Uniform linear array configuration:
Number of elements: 16
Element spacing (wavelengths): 0.75
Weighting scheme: kaiser
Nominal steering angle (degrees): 45
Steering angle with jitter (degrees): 45.105
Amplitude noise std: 0.05
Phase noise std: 0.05

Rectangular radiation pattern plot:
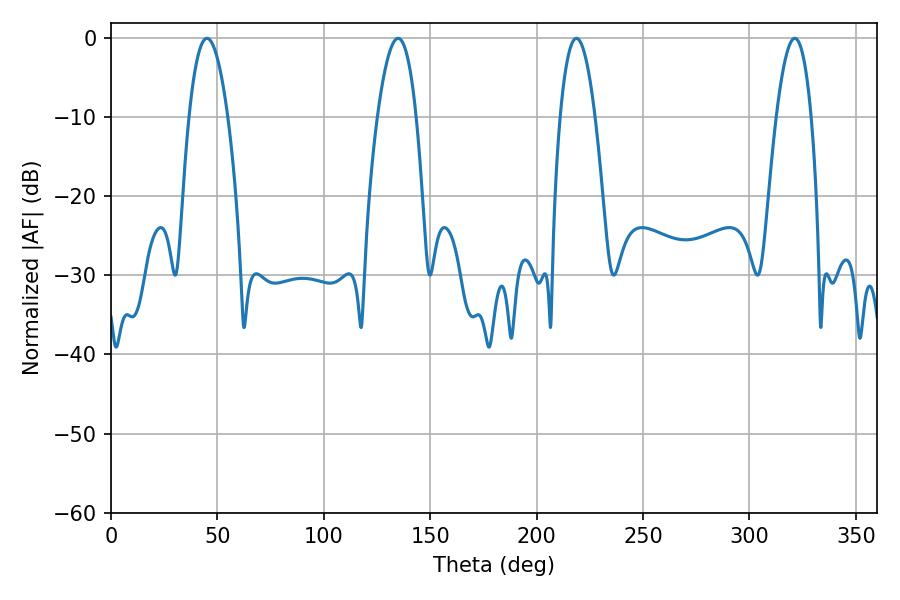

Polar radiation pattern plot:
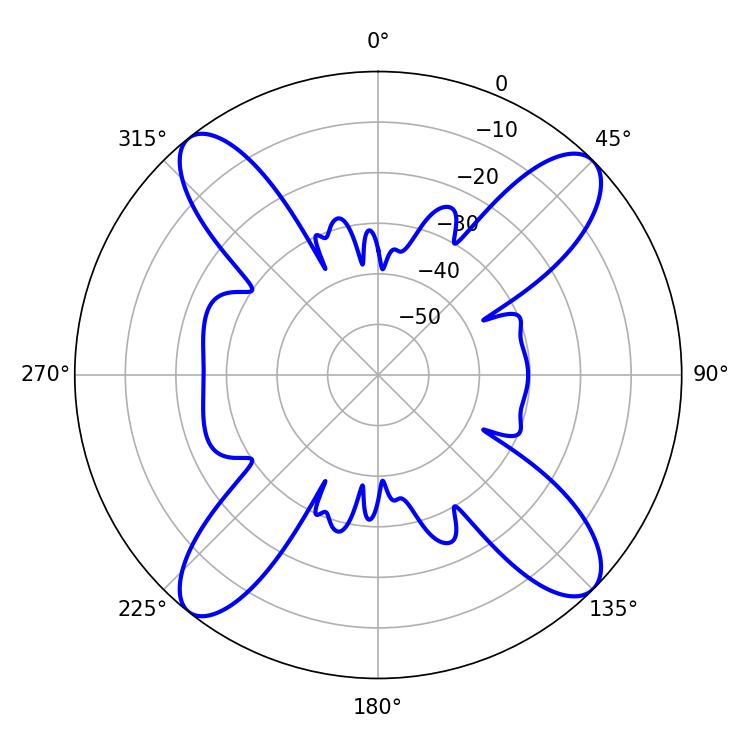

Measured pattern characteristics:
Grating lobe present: TRUE
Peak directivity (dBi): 15.862
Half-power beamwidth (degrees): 9
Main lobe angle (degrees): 218.7